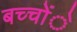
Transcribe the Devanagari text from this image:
बच्चोंे